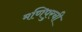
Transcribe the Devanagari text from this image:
मणिपुरची